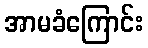
အာမခံကြောင်း